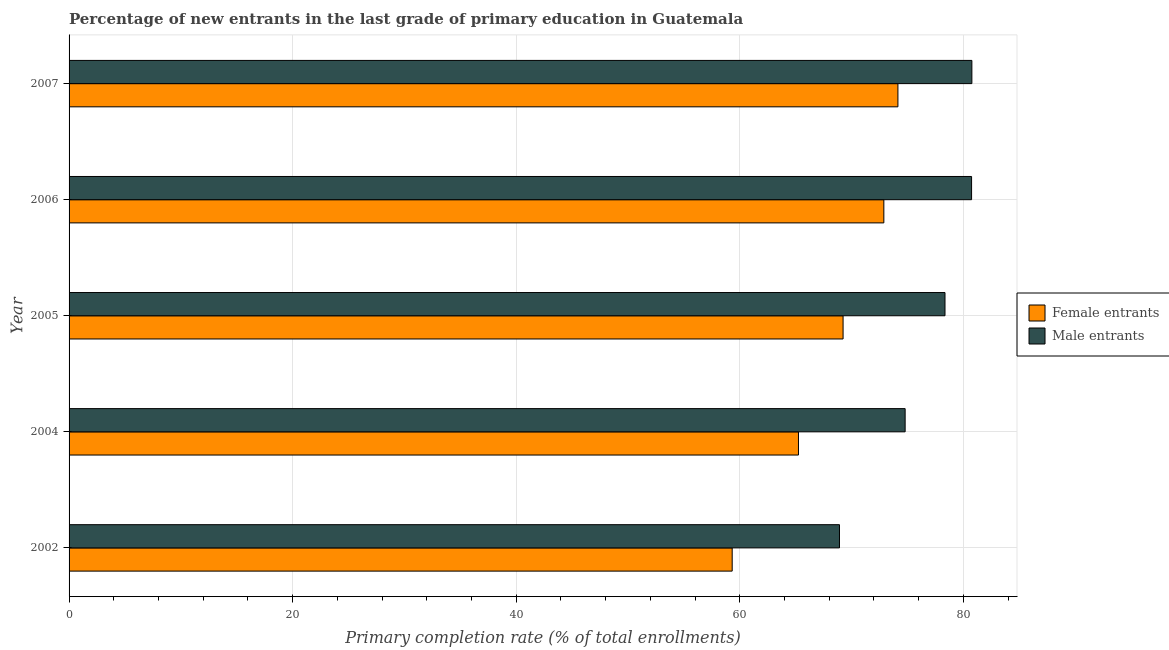
| Year | Female entrants | Male entrants |
 | --- | --- | --- |
 | 2002 | 59.3 | 68.9 |
 | 2004 | 65.2 | 74.8 |
 | 2005 | 69.2 | 78.4 |
 | 2006 | 72.9 | 80.7 |
 | 2007 | 74.1 | 80.8 |